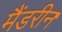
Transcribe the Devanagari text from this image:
मैंडरीन